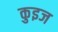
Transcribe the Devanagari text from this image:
कुइज